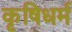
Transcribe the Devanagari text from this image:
कृषिधर्म